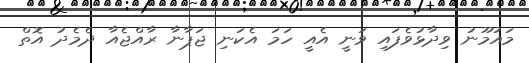
މައުމޫނު ވިދާޅުވެފައި ވަނީ އެއީ ހަމަ އެކަނި ޖަޕާނާ ރާއްޖެއާ ދެމެދު އޮތް